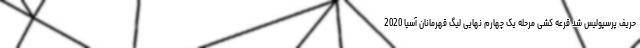
حریف پرسپولیس شد قرعه کشی مرحله یک چهارم نهایی لیگ قهرمانان آسیا 2020